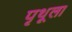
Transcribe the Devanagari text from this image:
पृथूला